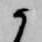
候